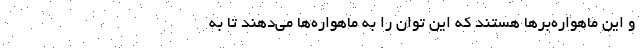
و این ماهواره‌برها هستند که این توان را به ماهواره‌ها می‌دهند تا به